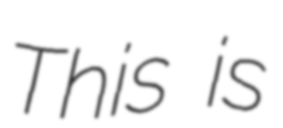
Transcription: This is